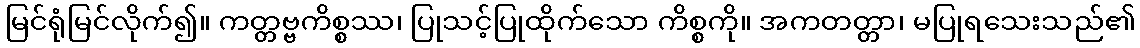
မြင်ရုံမြင်လိုက်၍။ ကတ္တဗ္ဗကိစ္စဿ၊ ပြုသင့်ပြုထိုက်သော ကိစ္စကို။ အကတတ္တာ၊ မပြုရသေးသည်၏